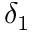
\delta _ { 1 }